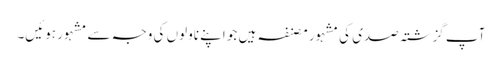
آپ گزشتہ صدی کی مشہور مصنفہ ہیں جو اپنے ناولوں کی وجہ سے مشہور ہوئیں۔